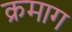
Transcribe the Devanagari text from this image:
क्रमाग